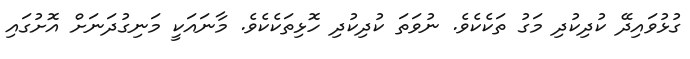
ގުޅުވައިދޭ ކުދިކުދި މަގު ތަކެކެވެ. ނުވަތަ ކުދިކުދި ހޮޅިތަކެކެވެ. މާނައަކީ މަނިގުދަނަށް އޮށުގައި